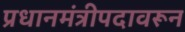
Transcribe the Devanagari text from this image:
प्रधानमंत्रीपदावरून